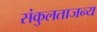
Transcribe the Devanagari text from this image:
संकुलताजन्य